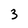
Character: 3